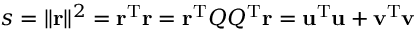
s = \| \mathbf { r } \| ^ { 2 } = \mathbf { r } ^ { \mathrm { { T } } } \mathbf { r } = \mathbf { r } ^ { \mathrm { { T } } } Q Q ^ { \mathrm { { T } } } \mathbf { r } = \mathbf { u } ^ { \mathrm { { T } } } \mathbf { u } + \mathbf { v } ^ { \mathrm { { T } } } \mathbf { v }